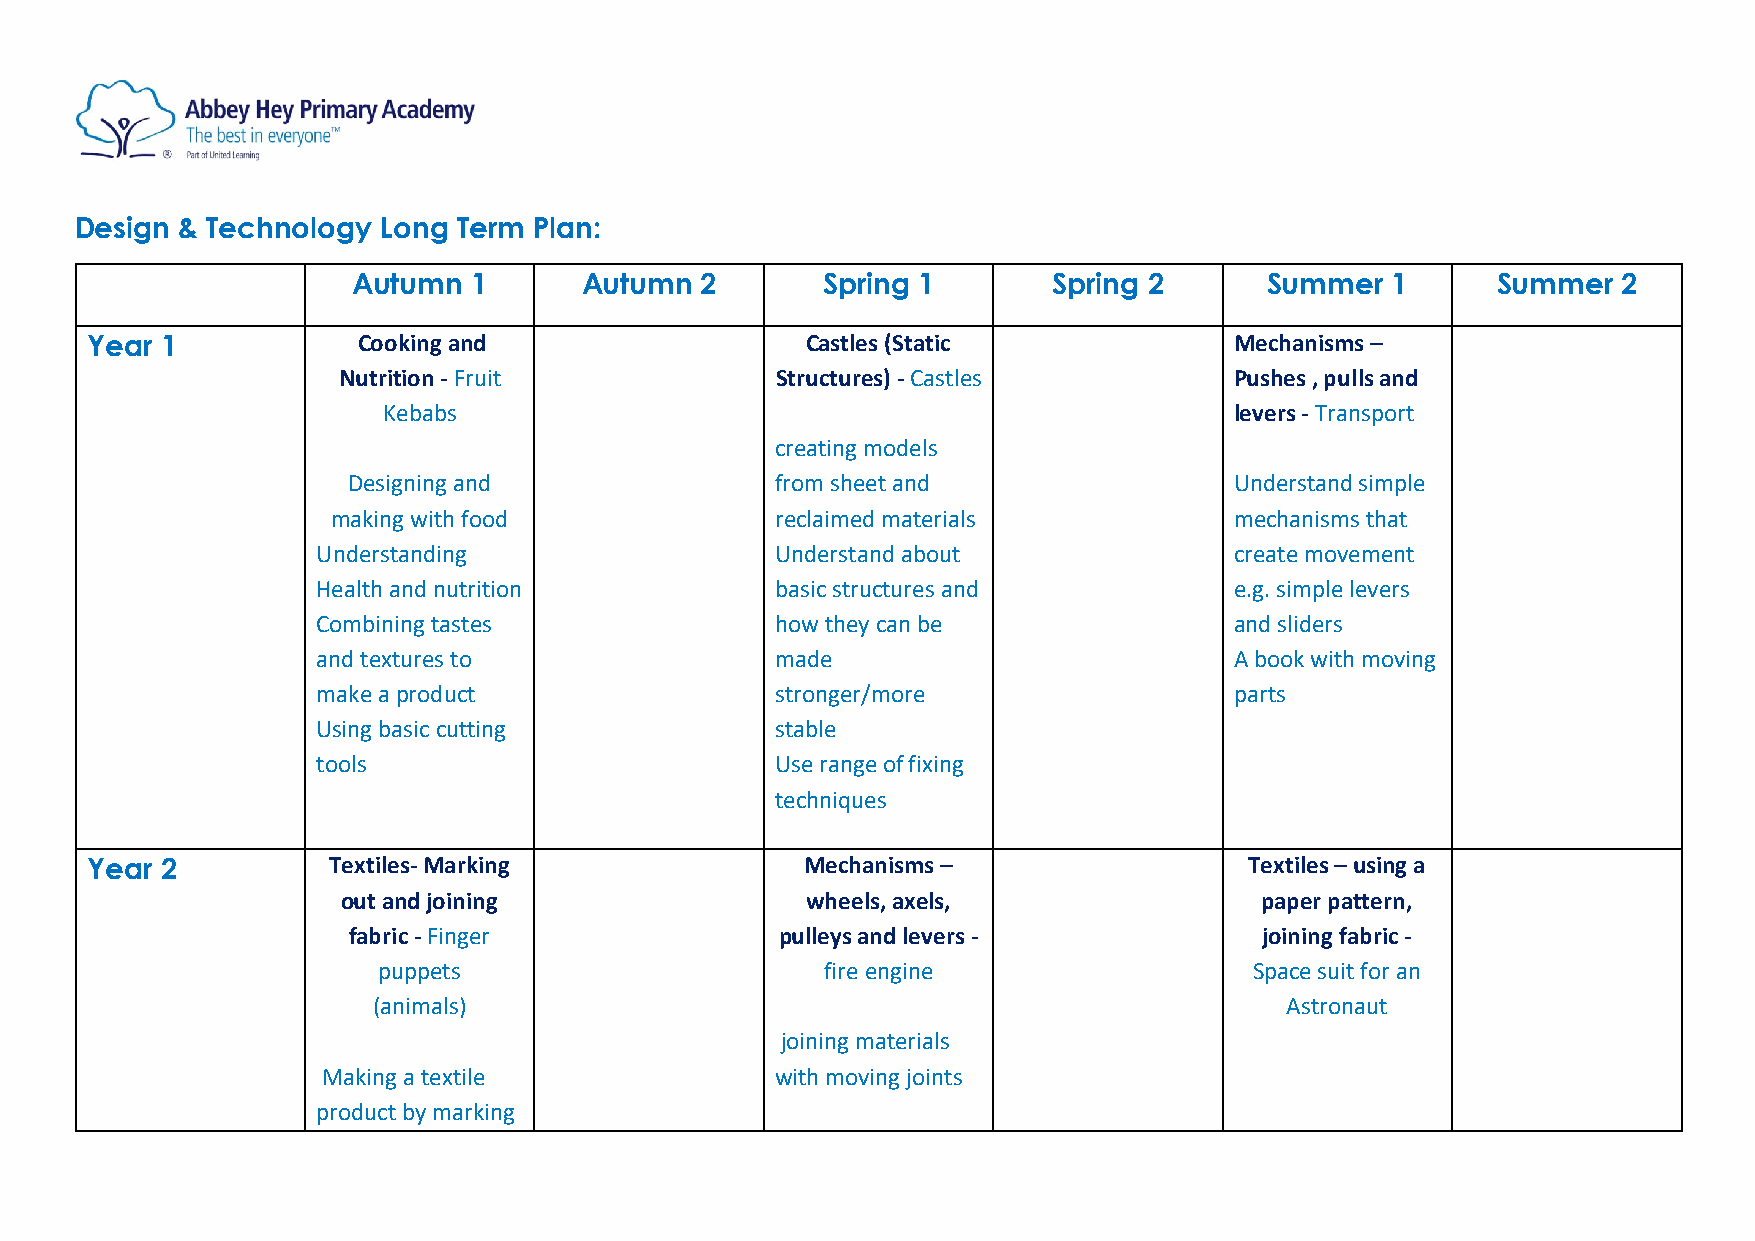
Design & Technology Long Term Plan:
 Autumn  1      Autumn  2       Spring 1        Spring 2      Summer  1      Summer  2
 Year 1            Cooking and                  Castles (Static              Mechanisms –
 Nutrition - Fruit            Structures) - Castles          Pushes , pulls and
 Kebabs                                                   levers - Transport
 creating models
 Designing and               from sheet and                 Understand simple
 making with food             reclaimed materials            mechanisms that
 Understanding                 Understand about               create movement
 Health and nutrition          basic structures and           e.g. simple levers
 Combining tastes              how they can be                and sliders
 and textures to               made                           A book with moving
 make a product                stronger/more                  parts
 Using basic cutting           stable
 tools                         Use range of fixing
 techniques
 Year 2          Textiles- Marking              Mechanisms –                  Textiles – using a
 out and joining               wheels, axels,                paper pattern,
 fabric - Finger              pulleys and levers -            joining fabric -
 puppets                       fire engine                 Space suit for an
 (animals)                                                   Astronaut
 joining materials
 Making a textile              with moving joints
 product by marking